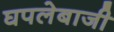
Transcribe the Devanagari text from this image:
घपलेबाजी